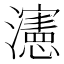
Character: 瀗